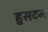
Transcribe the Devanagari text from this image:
हुसटन